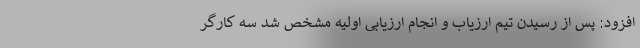
افزود: پس از رسیدن تیم ارزیاب و انجام ارزیابی اولیه مشخص شد سه کارگر